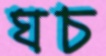
ঘচ